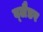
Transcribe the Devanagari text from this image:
ब्‍लैडर